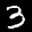
Label: 3